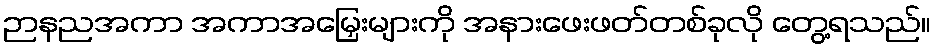
ဉာနညအကာ အကာအမြှေးများကို အနားဖေးဖတ်တစ်ခုလို တွေ့ရသည်။